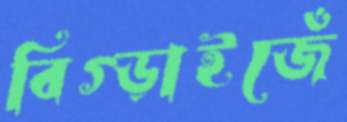
বিগ্‌ড়াইজেঁ